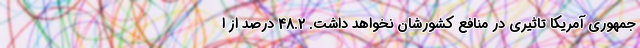
جمهوری آمریکا تاثیری در منافع کشورشان نخواهد داشت. 48.2 درصد از ا